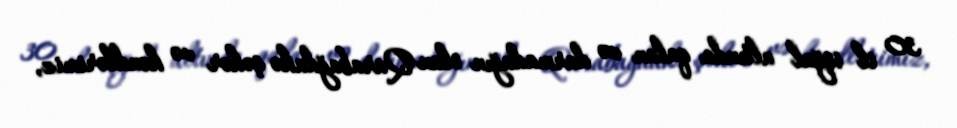
30 il işğal altında qalan və darmadağın olan Qarabağdakə şəhər və kəndlərimiz,